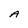
Character: A